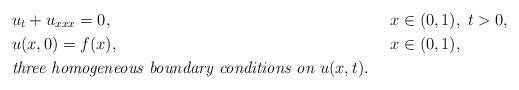
LaTeX: \begin{align*}&u_t+u_{xxx}=0,&&x\in(0,1), \;t>0,\\&u(x,0)=f(x),&&x\in(0,1),\;\\ &\mbox{\em three homogeneous boundary conditions on } u(x,t). \end{align*}